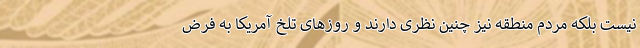
نیست بلکه مردم منطقه نیز چنین نظری دارند و روزهای تلخ آمریکا به فرض